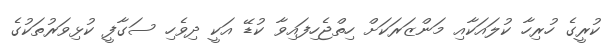
ކުރީގެ ހުރިހާ ކުލައަކާއި މަންޒަރަކަށް ހިތްޖެހިފައިވާ ކުޑޭ އަކީ ދިވެހި ސަގާފީ ކުޅިވަރުތަކުގެ